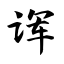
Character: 诨